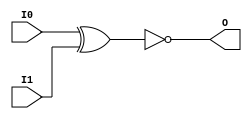
// $Header: /devl/xcs/repo/env/Databases/CAEInterfaces/xec_libs/data/unisims/XNOR2.v,v 1.1 2005/05/10 01:20:09 wloo Exp $

/*

FUNCTION	: 2-INPUT XNOR GATE

*/

`celldefine
`timescale  100 ps / 10 ps

module XNOR2 (O, I0, I1);

    output O;

    input  I0, I1;

	xnor X1 (O, I0, I1);

endmodule